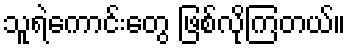
သူရဲကောင်းတွေ ဖြစ်လိုကြတယ်။